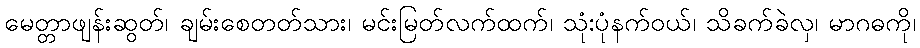
မေတ္တာဖျန်းဆွတ်၊ ချမ်းစေတတ်သား၊ မင်းမြတ်လက်ထက်၊ သုံ:ပုံနက်ဝယ်၊ သိခက်ခဲလှ၊ မာဂဓကို၊